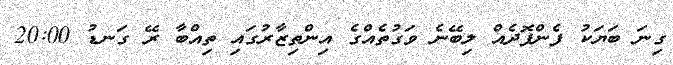
ގިނަ ބަޔަކު ފެންފޮދެެއް ލިބޭނެ ވަގުތެއްގެ އިންތިޒާރުގައި ތިއްބާ ރޭ ގަނޑު 20:00